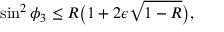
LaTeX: \sin ^ { 2 } { \phi _ { 3 } } \le R \big ( 1 + 2 { \epsilon } \sqrt { 1 - R } \big ) ,